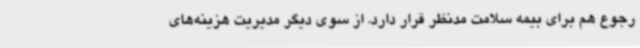
رجوع هم برای بیمه سلامت مدنظر قرار دارد. از سوی دیگر مدیریت هزینه‌های